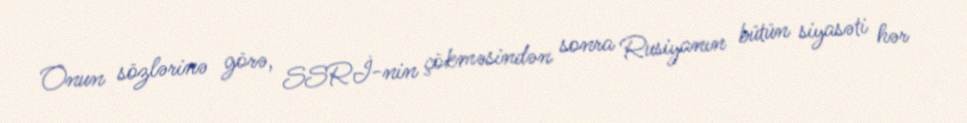
Onun sözlərinə görə, SSRİ-nin çökməsindən sonra Rusiyanın bütün siyasəti hər